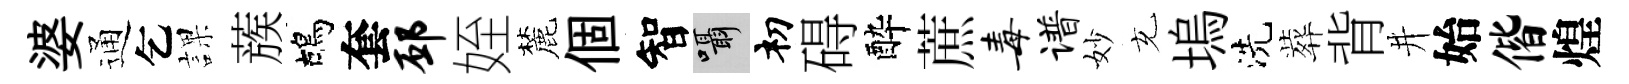
婆通乞課蔟鴣套邳姪麓個智囁𥘉碍酔蔗毒谱妙充塢洗葬背井始偕煌